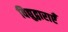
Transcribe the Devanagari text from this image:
विद्युद्वाराएँ